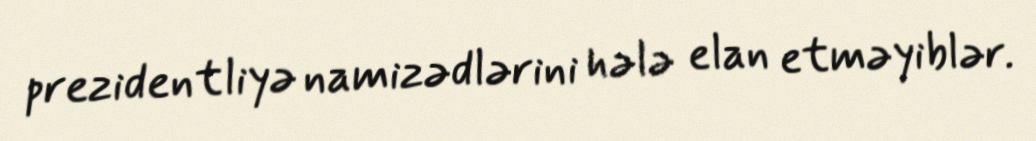
prezidentliyə namizədlərini hələ elan etməyiblər.